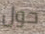
حول